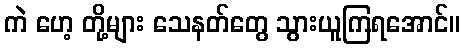
ကဲ ဟေ့ တို့များ သေနတ်တွေ သွားယူကြရအောင်။